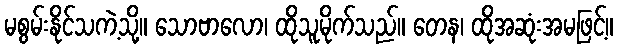
မစွမ်းနိုင်သကဲ့သို့။ သောဗာလော၊ ထိုသူမိုက်သည်။ တေန၊ ထိုအဆုံးအမဖြင့်။